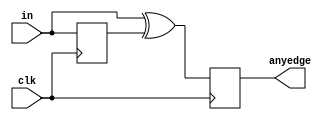
module top_module (
    input clk,
    input [7:0] in,
    output reg [7:0] anyedge
);
    reg [7:0] temp;

    always @ (posedge clk)
        begin
            temp <= in; //tempin
            anyedge <= in ^ temp; //1
            //in
        end
endmodule